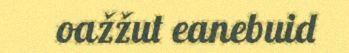
oažžut eanebuid